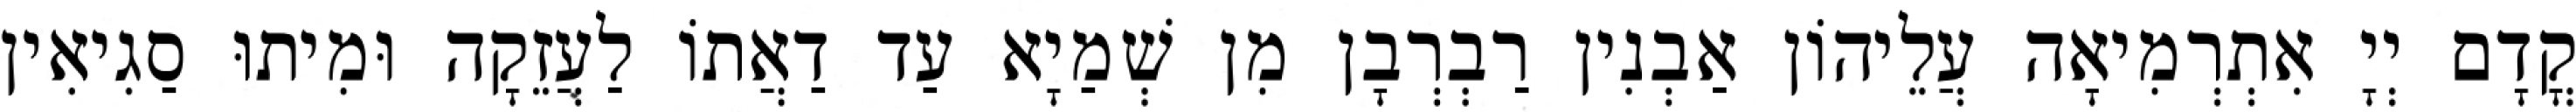
קֳדָם יְיָ אִתְרְמִיאָה עֲלֵיהוֹן אַבְנִין רַבְרְבָן מִן שְׁמַיָא עַד דַאֲתוֹ לַעֲזֵקָה וּמִיתוּ סַגִיאִין